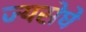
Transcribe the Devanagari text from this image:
ज्यसेघे